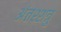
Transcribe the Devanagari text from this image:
अंतश्शत्रु